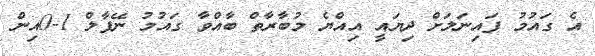
އެ ގައުމު ފައިނަލަށް ދިޔައީ އިއްޔެ މުބާރާތް ބާއްވާ ގައުމު ނޭޕާލް 1-0އިން